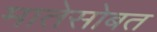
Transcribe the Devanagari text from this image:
मातेसोबत